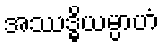
အဿဒ္ဓိယမ္ပာဟံ